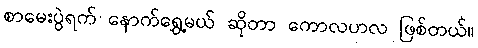
စာမေးပွဲရက် နောက်ရွှေ့မယ် ဆိုတာ ကောလဟလ ဖြစ်တယ်။